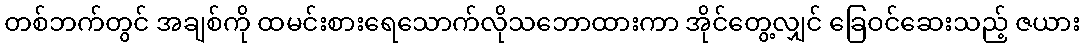
တစ်ဘက်တွင် အချစ်ကို ထမင်းစားရေသောက်လိုသဘောထားကာ အိုင်တွေ့လျှင် ခြေဝင်ဆေးသည့် ဇယား